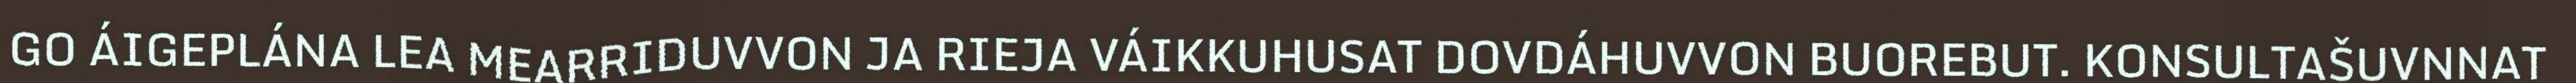
GO ÁIGEPLÁNA LEA MEARRIDUVVON JA RIEJA VÁIKKUHUSAT DOVDÁHUVVON BUOREBUT. KONSULTAŠUVNNAT